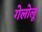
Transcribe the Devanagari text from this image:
गेलोलू